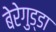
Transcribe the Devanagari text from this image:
बेरेगुड्डा